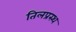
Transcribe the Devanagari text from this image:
तिलप्रस्थ